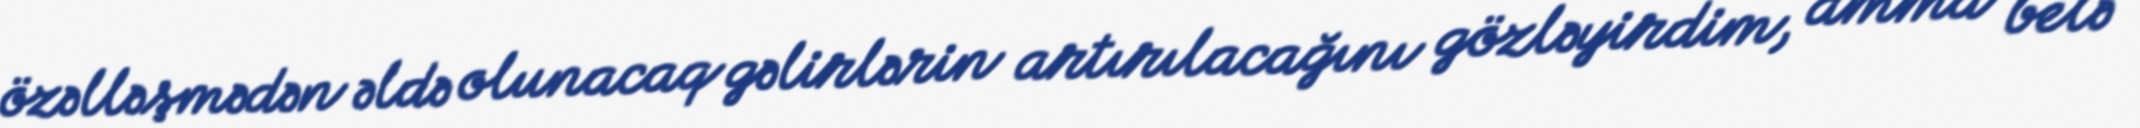
özəlləşmədən əldə olunacaq gəlirlərin artırılacağını gözləyirdim, amma belə